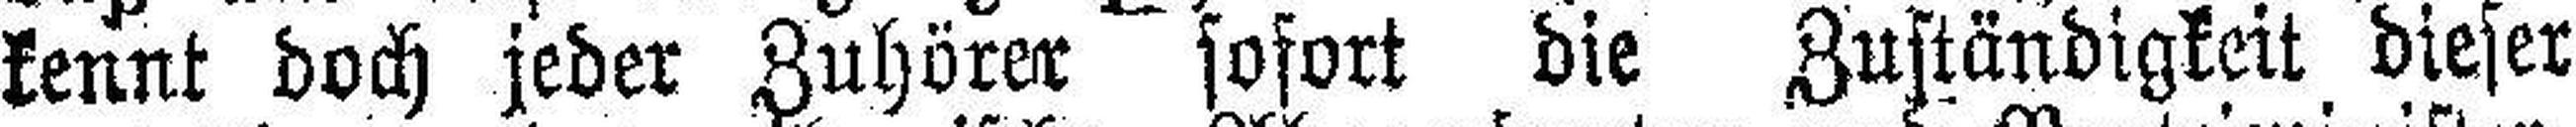
kennt doch jeder Zuhörer sofort die Zuständigkeit dieser